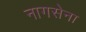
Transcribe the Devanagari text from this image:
नागसेना